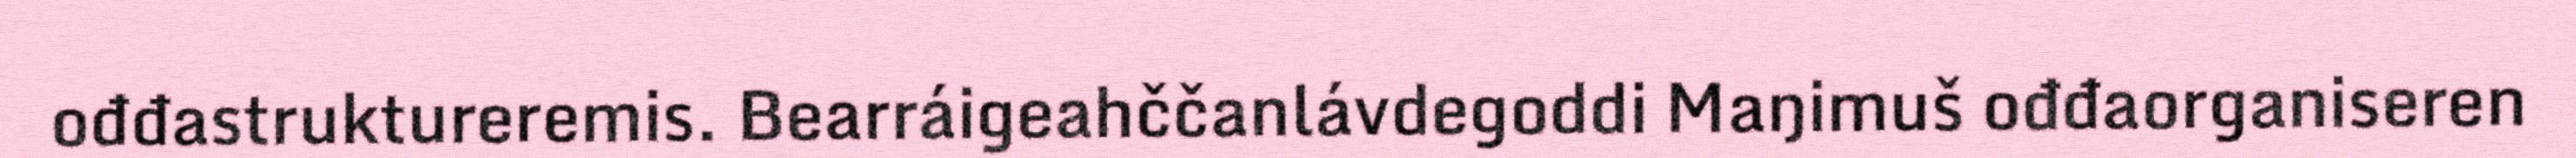
ođđastruktureremis. Bearráigeahččanlávdegoddi Maŋimuš ođđaorganiseren